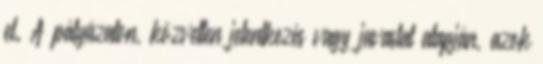
el. A pályázaton, közvetlen jelentkezés vagy javaslat alapján, azok